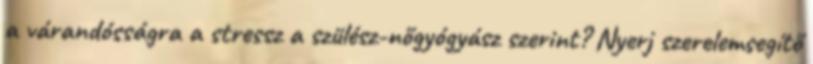
a várandósságra a stressz a szülész-nőgyógyász szerint? Nyerj szerelemsegítő